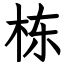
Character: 栋